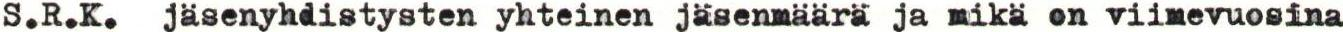
S.R.K. jäsenyhdistysten yhteinen jäsenmäärä ja mikä on viimevuosina